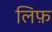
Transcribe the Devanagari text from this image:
लिफ़